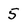
Character: 5